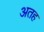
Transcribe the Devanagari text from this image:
अतह